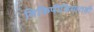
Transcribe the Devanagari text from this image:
विकिपीडियातही